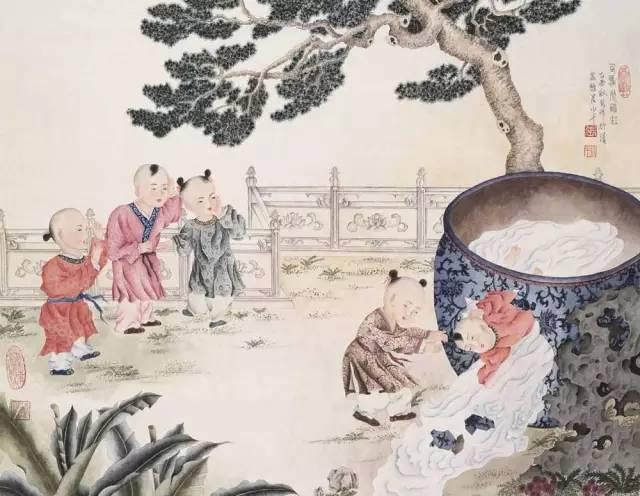
人皆有不忍人之心。